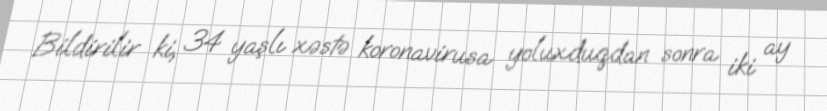
Bildirilir ki, 34 yaşlı xəstə koronavirusa yoluxduqdan sonra iki ay